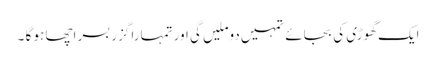
ایک گھوڑی کی بجائے تمہیں دوملیں گی اور تمہارا گزر بسر اچھا ہو گا ۔